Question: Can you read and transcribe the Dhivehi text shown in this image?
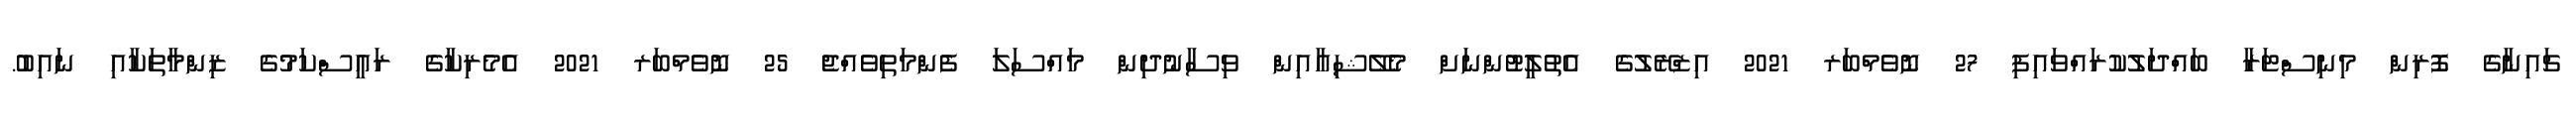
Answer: ޗައިނާގެ ފޮރިން މިނިސްޓަރާ ބައްދަލުކުރައްވައިފި 27 ނޮވެމްބަރ 2021 އިޒްރޭލުގެ އެތުލީޓުންނަށް މެލޭޝިއާއިން ވިސާނުދިން މައްސަލަ ފެންމަތިވެއްޖެ 25 ނޮވެމްބަރ 2021 އެމެރިކާގެ ރައީސްކަމުގެ ޒިންމާތަކާއި ނައިބު.